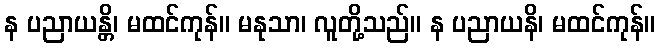
န ပညာယန္တိ၊ မထင်ကုန်။ မနုသာ၊ လူတို့သည်။ န ပညာယနိ၊ မထင်ကုန်။